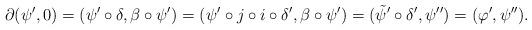
LaTeX: \begin{align*}\footnotesize\partial(\psi ', 0)=(\psi ' \circ \delta, \beta \circ \psi ')=(\psi ' \circ j \circ i \circ \delta ', \beta \circ \psi ')=(\tilde{\psi}' \circ \delta ', \psi '')=(\varphi ', \psi ''). \end{align*}